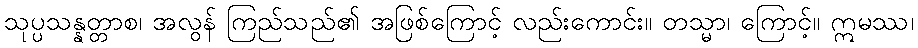
သုပ္ပသန္နတ္တာစ၊ အလွန် ကြည်သည်၏ အဖြစ်ကြောင့် လည်းကောင်း။ တသ္မာ၊ ကြောင့်။ ဣမဿ၊